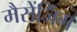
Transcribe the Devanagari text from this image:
मैसेंजिंग